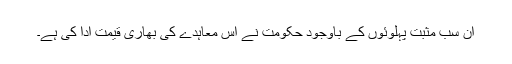
ان سب مثبت پہلوئوں کے باوجود حکومت نے اس معاہدے کی بھاری قیمت ادا کی ہے۔